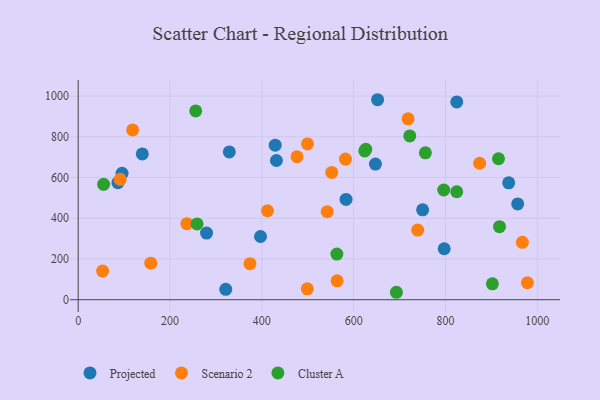
{"axis": {"x": "Experience", "y": "Exam Score"}, "legend": ["Cluster A", "Projected", "Scenario 2"], "data": [{"x": "647.5", "y": 666.4, "type": "Projected"}, {"x": "797.3", "y": 250.3, "type": "Projected"}, {"x": "824.7", "y": 971.6, "type": "Projected"}, {"x": "750.3", "y": 441.6, "type": "Projected"}, {"x": "139.6", "y": 716.0, "type": "Projected"}, {"x": "279.6", "y": 327.5, "type": "Projected"}, {"x": "321.4", "y": 51.1, "type": "Projected"}, {"x": "329.2", "y": 726.1, "type": "Projected"}, {"x": "429.1", "y": 759.3, "type": "Projected"}, {"x": "397.2", "y": 310.6, "type": "Projected"}, {"x": "957.4", "y": 470.3, "type": "Projected"}, {"x": "652.2", "y": 982.3, "type": "Projected"}, {"x": "431.8", "y": 683.9, "type": "Projected"}, {"x": "583.5", "y": 492.5, "type": "Projected"}, {"x": "95.5", "y": 620.7, "type": "Projected"}, {"x": "86.5", "y": 574.8, "type": "Projected"}, {"x": "937.8", "y": 574.0, "type": "Projected"}, {"x": "874.5", "y": 670.3, "type": "Scenario 2"}, {"x": "236.7", "y": 373.4, "type": "Scenario 2"}, {"x": "499.1", "y": 53.7, "type": "Scenario 2"}, {"x": "158.1", "y": 179.6, "type": "Scenario 2"}, {"x": "412.4", "y": 437.0, "type": "Scenario 2"}, {"x": "542.5", "y": 432.6, "type": "Scenario 2"}, {"x": "374.2", "y": 177.3, "type": "Scenario 2"}, {"x": "978.5", "y": 83.3, "type": "Scenario 2"}, {"x": "53.2", "y": 140.6, "type": "Scenario 2"}, {"x": "91.6", "y": 591.4, "type": "Scenario 2"}, {"x": "564.0", "y": 92.7, "type": "Scenario 2"}, {"x": "499.5", "y": 765.0, "type": "Scenario 2"}, {"x": "552.3", "y": 625.2, "type": "Scenario 2"}, {"x": "476.7", "y": 702.2, "type": "Scenario 2"}, {"x": "718.6", "y": 888.5, "type": "Scenario 2"}, {"x": "582.1", "y": 690.6, "type": "Scenario 2"}, {"x": "118.6", "y": 834.1, "type": "Scenario 2"}, {"x": "967.5", "y": 281.9, "type": "Scenario 2"}, {"x": "739.6", "y": 342.3, "type": "Scenario 2"}, {"x": "626.5", "y": 738.7, "type": "Cluster A"}, {"x": "756.3", "y": 721.4, "type": "Cluster A"}, {"x": "693.2", "y": 36.6, "type": "Cluster A"}, {"x": "563.5", "y": 224.1, "type": "Cluster A"}, {"x": "722.3", "y": 804.7, "type": "Cluster A"}, {"x": "824.6", "y": 530.4, "type": "Cluster A"}, {"x": "624.3", "y": 730.7, "type": "Cluster A"}, {"x": "915.6", "y": 692.3, "type": "Cluster A"}, {"x": "258.9", "y": 372.2, "type": "Cluster A"}, {"x": "256.0", "y": 927.3, "type": "Cluster A"}, {"x": "902.3", "y": 78.2, "type": "Cluster A"}, {"x": "796.3", "y": 538.9, "type": "Cluster A"}, {"x": "55.3", "y": 566.8, "type": "Cluster A"}, {"x": "917.8", "y": 358.6, "type": "Cluster A"}]}